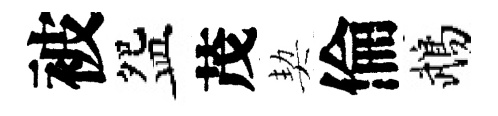
被盌茂契倫鵡